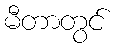
မီတာတွင်